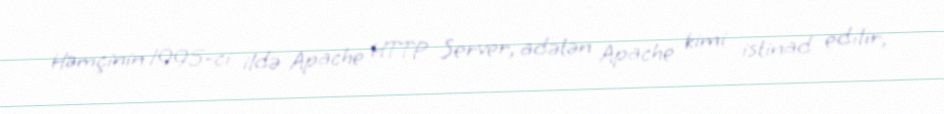
Həmçinin 1995-ci ildə Apache HTTP Server, adətən Apache kimi istinad edilir,